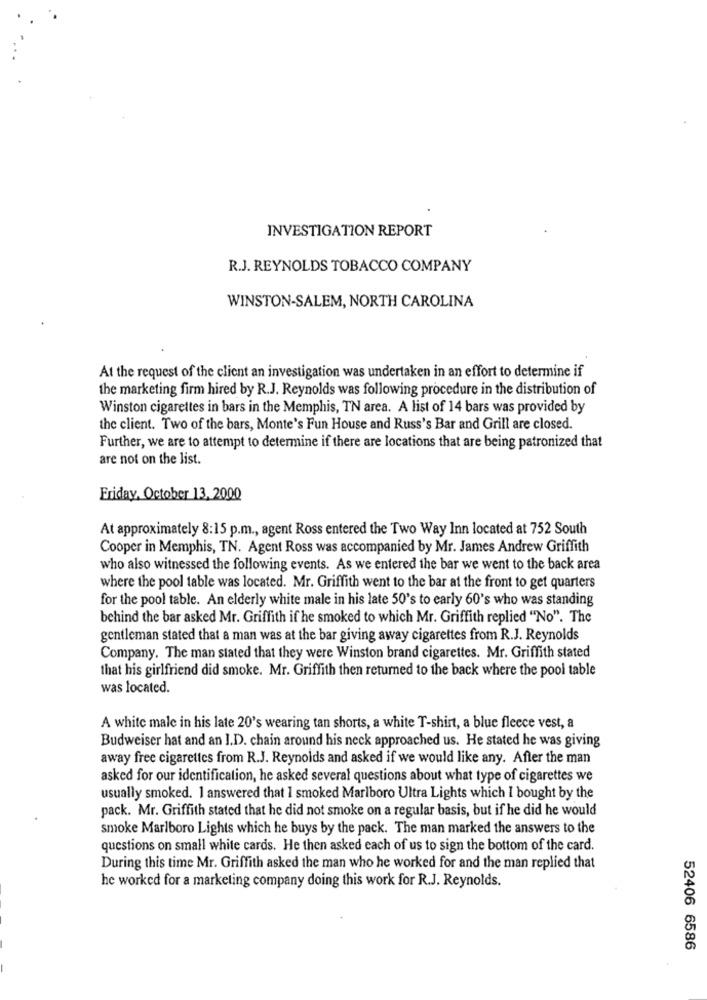
INVESTIGATION REPORT
R.J. REYNOLDS TOBACCO COMPANY
WINSTON-SALEM, NORTH CAROLINA
At the request of the client an investigation was undertaken in an effort to determine if
the marketing firm hired by R.J. Reynolds was following procedure in the distribution of
Winston cigarettes in bars in the Memphis, TN area. A list of 14 bars was provided by
the client. Two of the bars, Monte's Fun House and Russ's Bar and Grill are closed.
Further, we are to attempt to determine if there are locations that are being patronized that
are not on the list.
Friday, October 13, 2000
At approximately 8:15 p.m ., agent Ross entered the Two Way Inn located at 752 South
Cooper in Memphis, TN. Agent Ross was accompanied by Mr. James Andrew Griffith
who also witnessed the following events. As we entered the bar we went to the back area
where the pool table was located. Mr. Griffith went to the bar at the front to get quarters
for the pool table. An elderly white male in his late 50's to early 60's who was standing
behind the bar asked Mr. Griffith if he smoked to which Mr. Griffith replied "No". The
gentleman stated that a man was at the bar giving away cigarettes from R.J. Reynolds
Company. The man stated that they were Winston brand cigarettes. Mr. Griffith stated
that his girlfriend did smoke. Mr. Griffith then returned to the back where the pool table
was located.
A white male in his late 20's wearing tan shorts, a white T-shirt, a blue fleece vest, a
Budweiser hat and an I.D. chain around his neck approached us. He stated he was giving
away free cigarettes from R.J. Reynolds and asked if we would like any. After the man
asked for our identification, he asked several questions about what type of cigarettes we
usually smoked. 1 answered that I smoked Marlboro Ultra Lights which I bought by the
pack. Mr. Griffith stated that he did not smoke on a regular basis, but if he did he would
smoke Marlboro Lights which he buys by the pack. The man marked the answers to the
questions on small white cards. He then asked each of us to sign the bottom of the card.
During this time Mr. Griffith asked the man who he worked for and the man replied that
he worked for a marketing company doing this work for R.J. Reynolds.
52406 6586